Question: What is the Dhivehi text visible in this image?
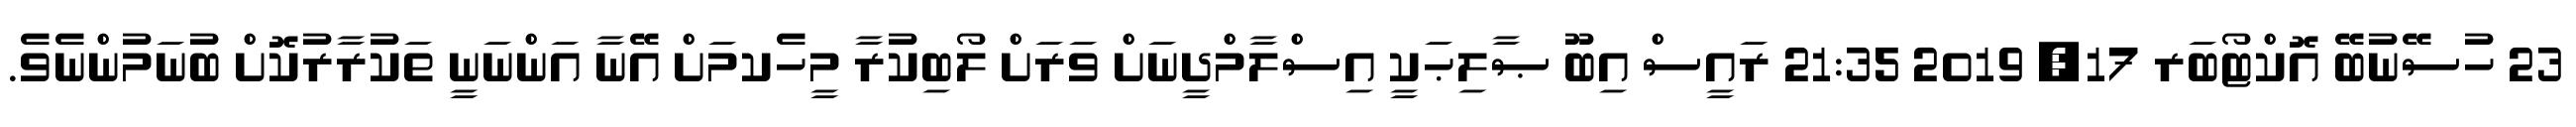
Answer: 23 ހުސޭނުބޭ އޮކްޓޯބަރ 17, 2019 21:35 ރައީސް އިބޫ ޞާލިޙަކީ އިސްލާމްދީނަށް ވަރަށް ލޯބިކުރާ މީހެކމަށް އޭނާ އަންނަނީ ތަކުރާރުކޮށް ބުނަމުންނެވެ.